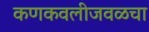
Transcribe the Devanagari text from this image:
कणकवलीजवळचा